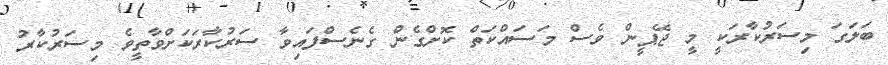
ބަލަގަ މިސަރުކާރަކީ މީ ޖޭޕީން ވެސް މަސައްކަތް ކޮށްގެން ގެނެސްފައިވާ ސަރުކާރަކަށްވާތީވެ މިސަރުކާރު